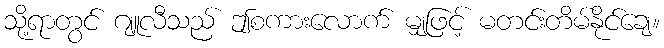
သို့ရာတွင် ဂျူလီသည် ဤစကားလောက် မျှဖြင့် မတင်းတိမ်နိုင်ချေ။